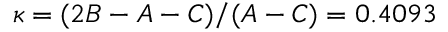
\kappa = ( 2 B - A - C ) / ( A - C ) = 0 . 4 0 9 3